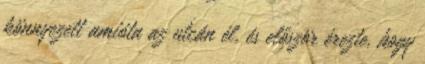
könnyezett amióta az utcán él, és először érezte, hogy